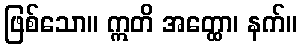
ဖြစ်သော။ ဣတိ အတ္ထော၊ နက်။